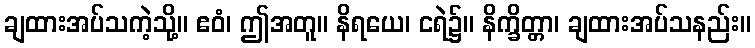
ချထားအပ်သကဲ့သို့။ ဧဝံ၊ ဤအတူ။ နိရယေ၊ ငရဲ၌။ နိက္ခိတ္တာ၊ ချထားအပ်သနည်း။